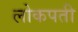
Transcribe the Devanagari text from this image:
लोकपती